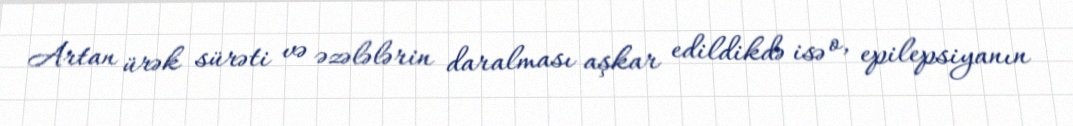
Artan ürək sürəti və əzələlərin daralması aşkar edildikdə isə o, epilepsiyanın